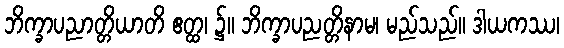
ဘိက္ခာပညာတ္တိယာတိ ဧတ္ထ၊ ၌။ ဘိက္ခာပညတ္တိနာမ၊ မည်သည်။ ဒါယကဿ၊